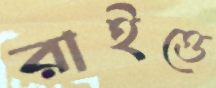
রাইত্তে